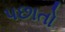
પછાતો